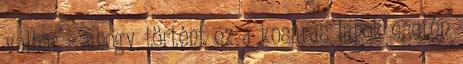
válhat – ahogy történt ez a kosaras lapok esetén